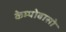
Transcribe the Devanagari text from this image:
केम्पोबासो